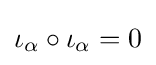
\iota _{\alpha }\circ \iota _{\alpha }=0